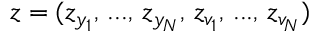
\boldsymbol { z } = ( z _ { y _ { 1 } } , \, . . . , \, z _ { y _ { N } } , \, z _ { v _ { 1 } } , \, . . . , \, z _ { v _ { N } } )